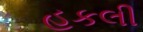
હકલી